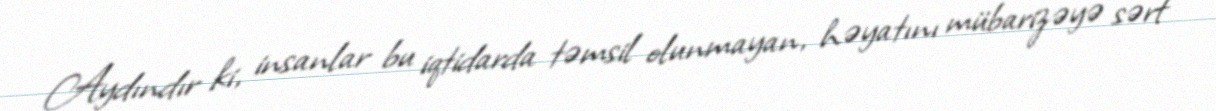
Aydındır ki, insanlar bu iqtidarda təmsil olunmayan, həyatını mübarizəyə sərf